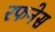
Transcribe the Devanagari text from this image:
रफनेस